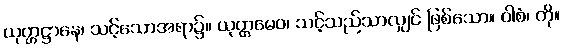
ယုတ္တဋ္ဌာနေ၊ သင့်သောအရာ၌။ ယုတ္တမေဝ၊ သင့်သည်သာလျှင် ဖြစ်သော။ ဝါစံ၊ ကို။